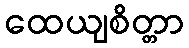
ထေယျစိတ္တာ